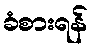
ခံစားရန်